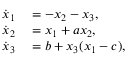
\begin{array} { r l } { \dot { x } _ { 1 } } & { { } = - x _ { 2 } - x _ { 3 } , } \\ { \dot { x } _ { 2 } } & { { } = x _ { 1 } + a x _ { 2 } , } \\ { \dot { x } _ { 3 } } & { { } = b + x _ { 3 } ( x _ { 1 } - c ) , } \end{array}